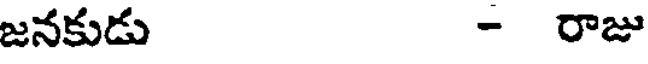
జనకుడు - రాజు